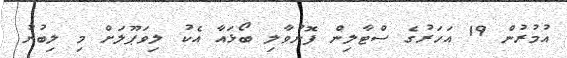
އުމުރުން 19 އަހަރުގެ ސްޓާލިން ފޮނުވާލި ބޯޅައާ އެކު ލިވަޕޫލަށް މި ލިބުނު